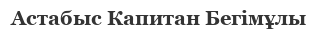
Астабыс Капитан Бегімұлы